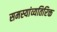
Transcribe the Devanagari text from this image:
समस्यांव्यतिरिक्त